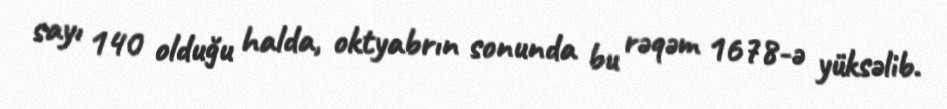
sayı 140 olduğu halda, oktyabrın sonunda bu rəqəm 1678-ə yüksəlib.